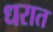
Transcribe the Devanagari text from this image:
धरात